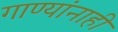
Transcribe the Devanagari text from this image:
गाण्यांनाही